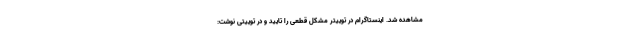
مشاهده شد. اینستاگرام در توییتر مشکل قطعی را تایید و در توییتی نوشت: